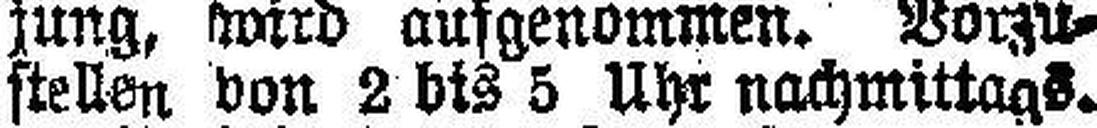
stellen von 2 bis 5 Uhr nachmittags.